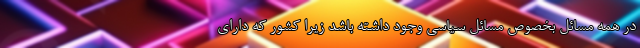
در همه مسائل بخصوص مسائل سیاسی وجود داشته باشد زیرا کشور که دارای